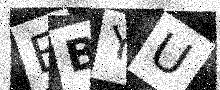
Text: EBYU